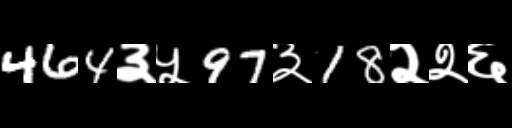
Text: 464३५97३18२२६